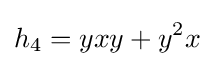
h_{4}=yxy+y^{2}x